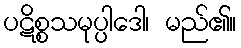
ပဋိစ္စသမုပ္ပါဒေါ၊ မည်၏။